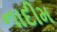
નાદીમ